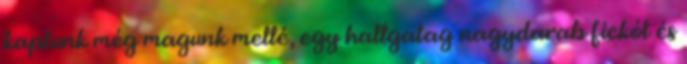
kaptunk még magunk mellé, egy hallgatag nagydarab fickót és